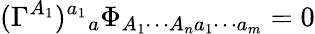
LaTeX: (\Gamma^{A_{1}})^{a_{1}}{}_{a}\Phi_{A_{1}\cdots A_{n}a_{1}\cdots a_{m}}=0